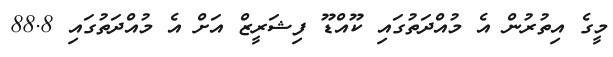
މީގެ އިތުރުން އެ މުއްދަތުގައި ކޫއްޑޫ ފިޝަރީޒް އަށް އެ މުއްދަތުގައި 88.8